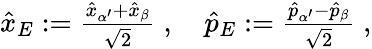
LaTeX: \begin{array}{r}{\hat{x}_{E}:=\frac{\hat{x}_{\alpha^{\prime}}+\hat{x}_{\beta}}{\sqrt{2}}\; ,\quad\hat{p}_{E}:=\frac{\hat{p}_{\alpha^{\prime}}-\hat{p}_{\beta}}{\sqrt{2}}\; ,}\end{array}